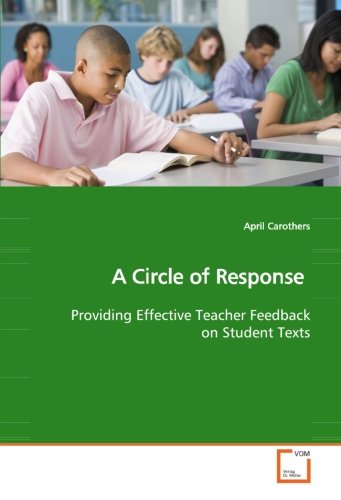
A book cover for A Circle of Response: Providing Effective Teacher Feedback on Student Texts; April Carothers; Education & Teaching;